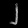
Digit: ၂